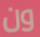
ون